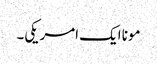
مونا ایک امریکی۔